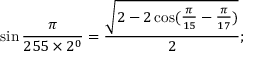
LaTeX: \sin { \frac { \pi } { 2 5 5 \times 2 ^ { 0 } } } = { \frac { \sqrt { 2 - 2 \cos ( { \frac { \pi } { 1 5 } } - { \frac { \pi } { 1 7 } } ) } } { 2 } } ;